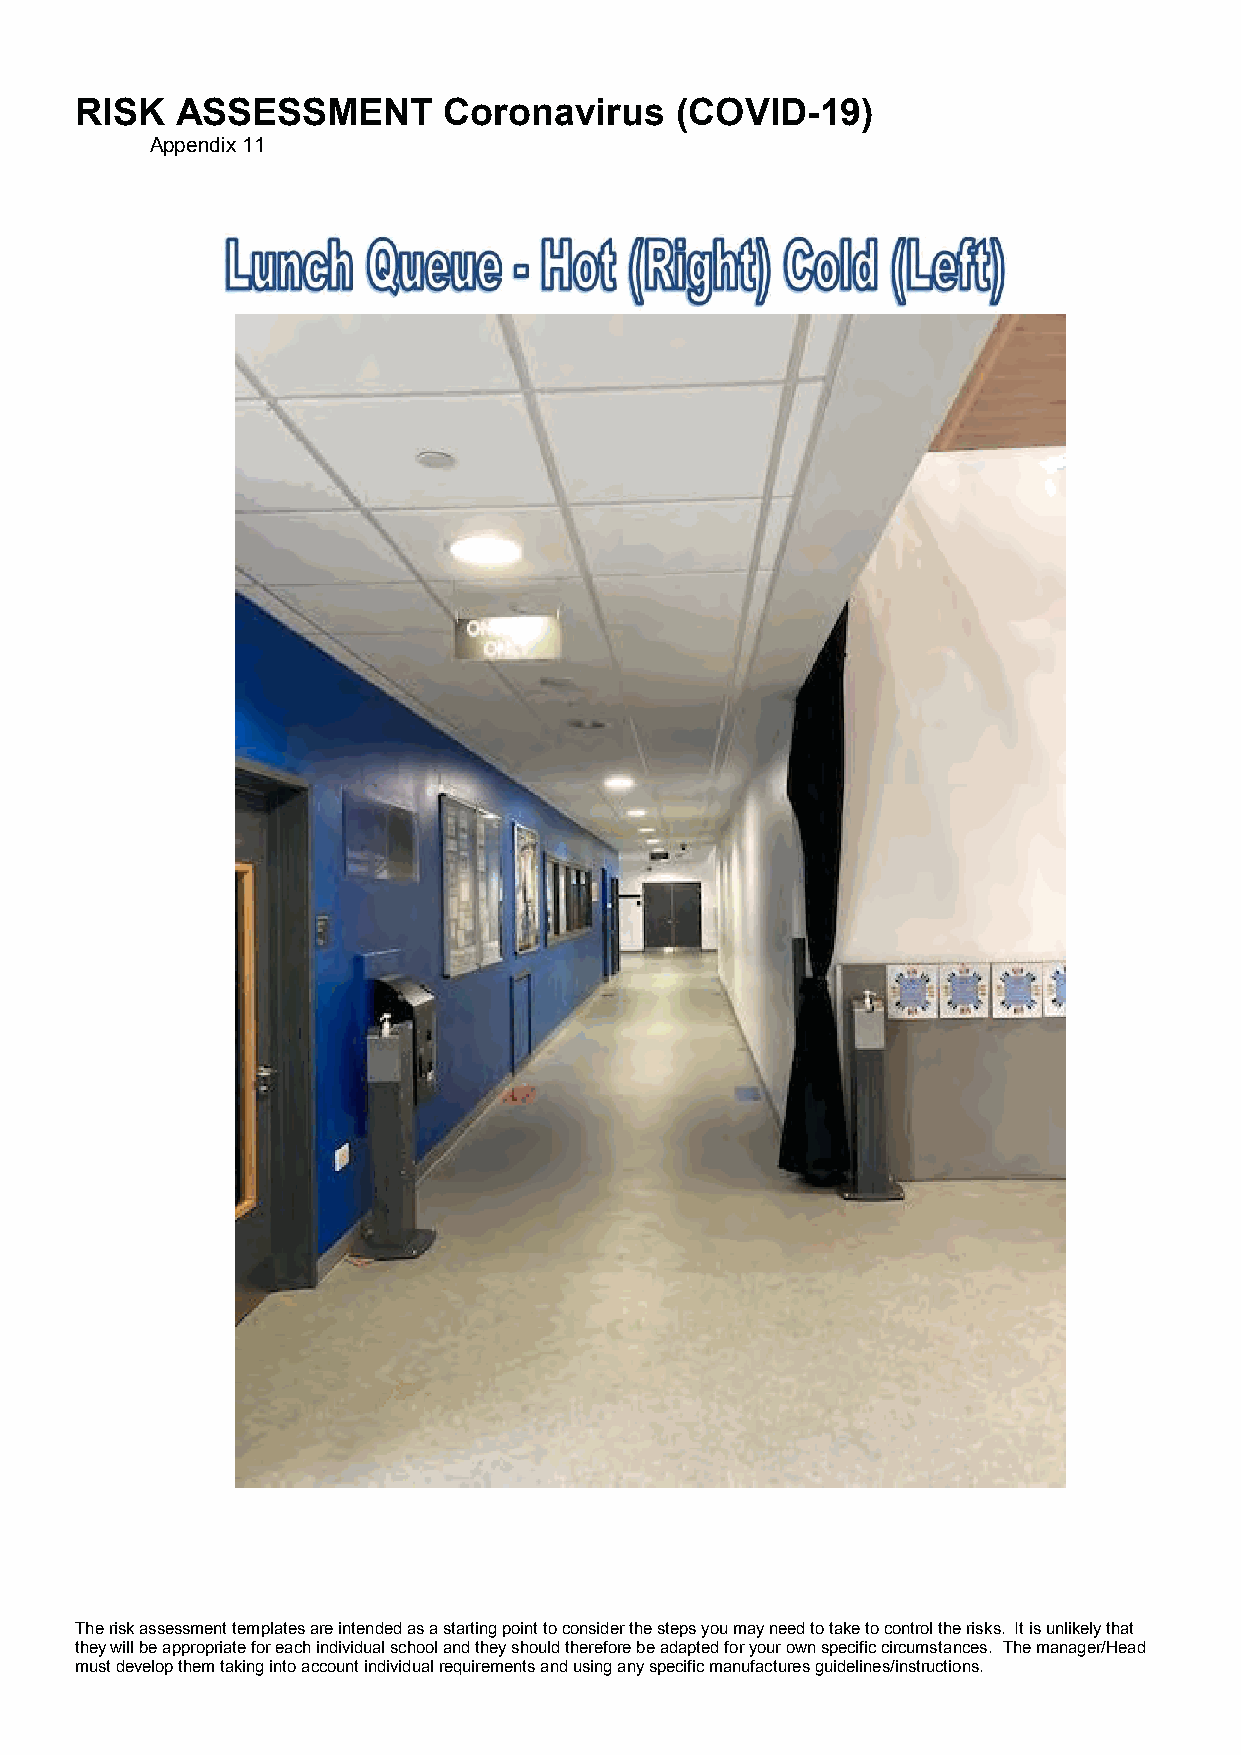
RISK   ASSESSMENT       Coronavirus     (COVID-19)
 Appendix 11
 The risk assessment templates are intended as a starting point to consider the steps you may need to take to control the risks. It is unlikely that
 they will be appropriate for each individual school and they should therefore be adapted for your own specific circumstances. The manager/Head
 must develop them taking into account individual requirements and using any specific manufactures guidelines/instructions.